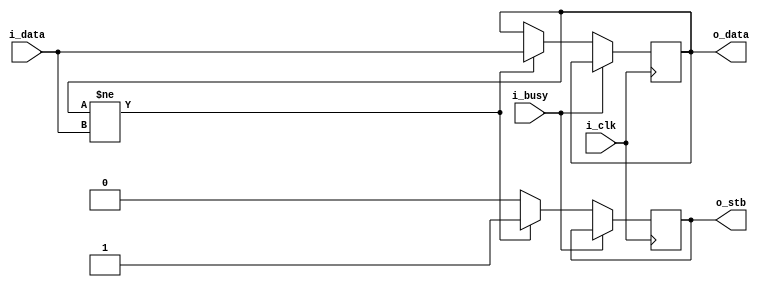
module chgdetector(
    input wire i_clk,
    input wire [31:0] i_data,
    input wire i_busy,
    output reg o_stb,
    output reg [31:0] o_data
);
    initial {o_stb, o_data} = 0;
    always @(posedge i_clk)
    if (!i_busy) begin
        o_stb <= 0;
        if (o_data != i_data) begin
            o_stb <= 1'b1;
            o_data <= i_data;
        end
    end
endmodule